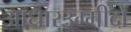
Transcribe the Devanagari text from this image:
आधारउम्मीदों